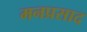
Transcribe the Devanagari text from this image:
मनप्रसाद